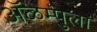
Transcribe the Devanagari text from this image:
ॲळम्पुला